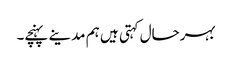
بہرحال کہتی ہیں ہم مدینے پہنچے۔